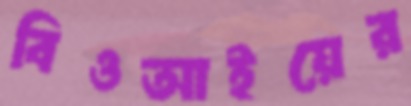
বিওআইয়ের